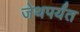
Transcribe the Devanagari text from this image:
जेथपर्यंत